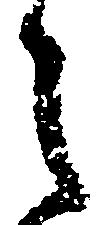
之